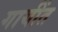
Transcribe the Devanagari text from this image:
गायींत